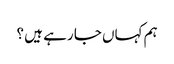
ہم کہاں جا رہے ہیں ؟